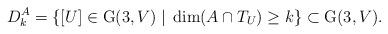
LaTeX: \begin{align*} D_k^A=\{[U]\in \mathrm{G}(3,V)\;|\; \dim (A\cap T_U)\geq k\}\subset \mathrm{G}(3,V). \end{align*}